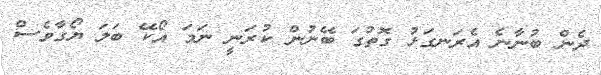
ދެން ބުނާނެ އެރަނގަޅު ގޮތުގަ ބޭނުން ކުރަނީ ނަމަ އޯކޭ ބަލަ ޔޯގާވެސް